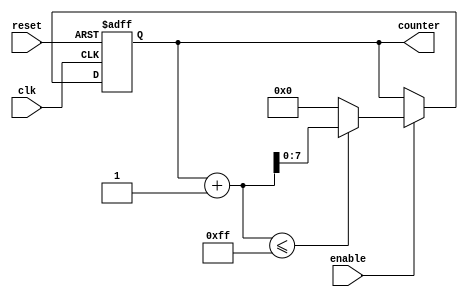
module Incremental_for_loop (
    input wire clk,
    input wire reset,
    input wire enable,
    output reg [7:0] counter
);

parameter start_value = 0;
parameter end_value = 255;
parameter step_value = 1;

always @(posedge clk or posedge reset) begin
    if (reset) begin
        counter <= start_value;
    end else if (enable) begin
        if (counter + step_value <= end_value) begin
            counter <= counter + step_value;
        end else begin
            counter <= start_value;
        end
    end
end

endmodule